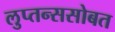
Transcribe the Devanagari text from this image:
लुप्तन्ससोबत